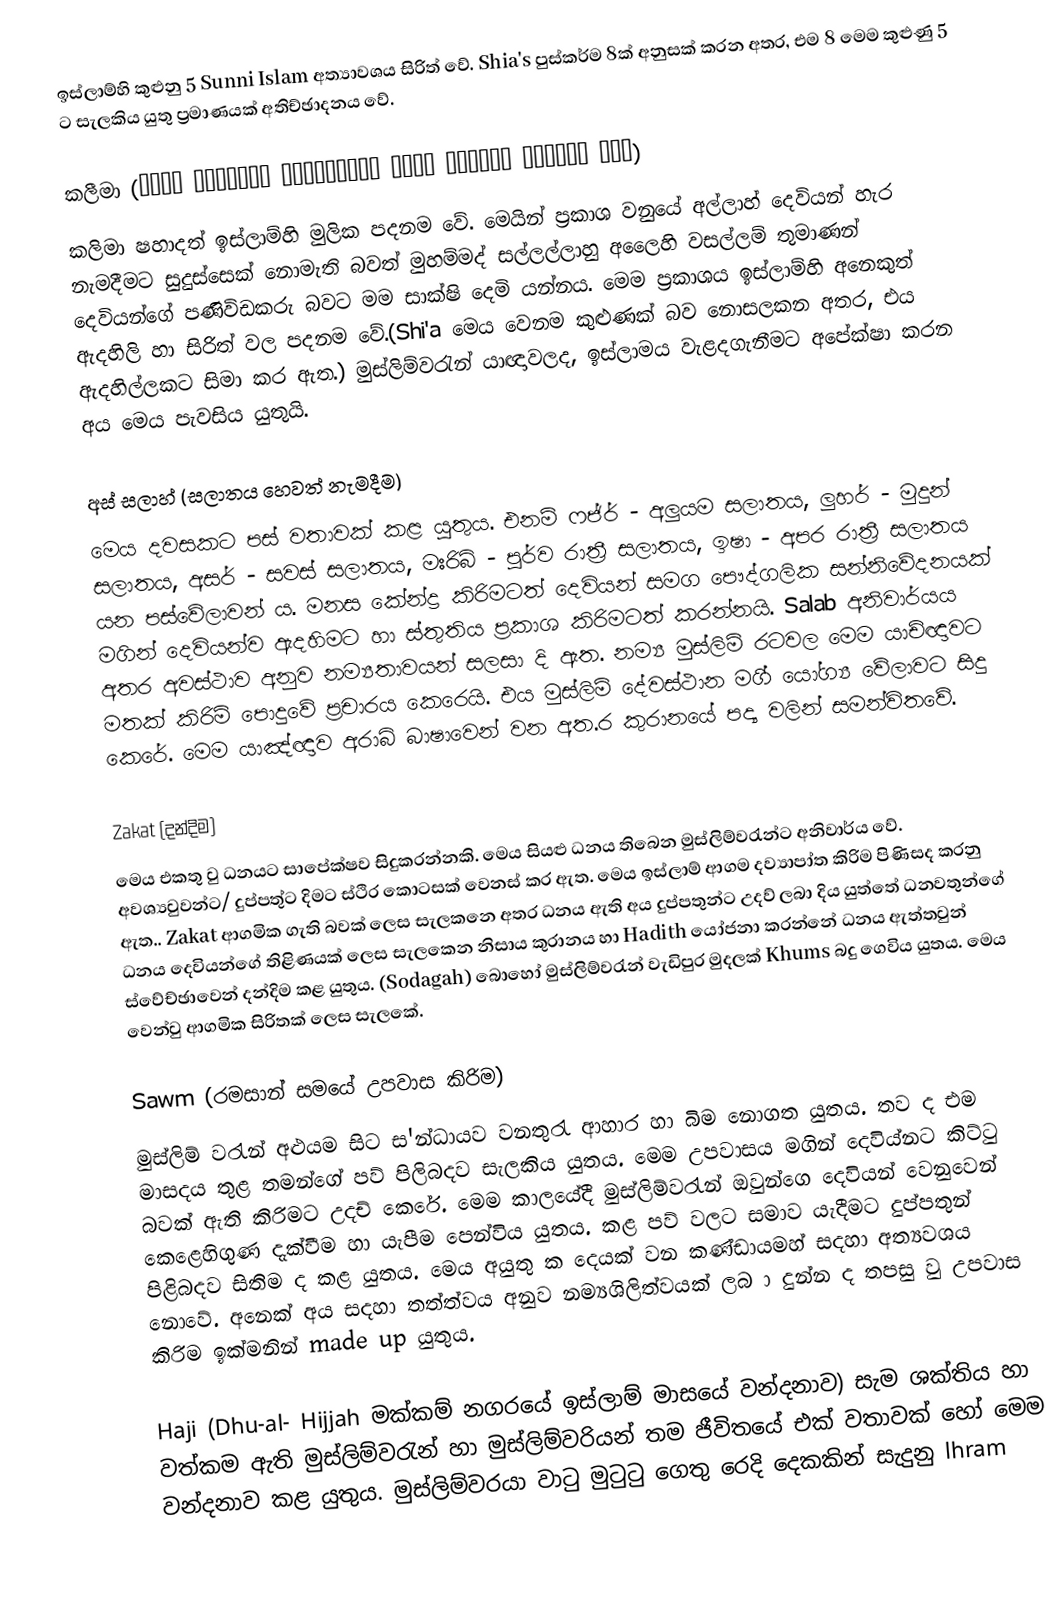
ඉස්ලාම්හි කුළුනු 5 Sunni Islam අත්‍යාවශය සිරිත් වේ. Shia's පුස්කර්ම 8ක් අනුසක් කරන අතර, එම 8 මෙම කුළුණු 5 ට සැලකිය යුතු ප්‍රමාණයක් අතිච්ඡාදනය වේ.

කලීමා (لَا إِلٰهَ إِلَّا الله مُحَمَّدٌ رَسُولُ الله)
කලිමා ෂහාදත් ඉස්ලාම්හි මුලික පදනම වේ. මෙයින් ප්‍රකාශ වනුයේ අල්ලාහ් දෙවියන් හැර නැමදීමට සුදුස්සෙක් නොමැති බවත් මුහම්මද් සල්ලල්ලාහු අලෛහි වසල්ලම් තුමාණන් දෙවියන්ගේ පණිවිඩකරු බවට මම සාක්ෂි දෙමි යන්නය. මෙම ප්‍රකාශය ඉස්ලාම්හි අනෙකුත් ඇදහිලි හා සිරිත් වල පදනම වේ.(Shi'a මෙය වෙනම කුළුණක් බව නොසලකන අතර, එය ඇදහිල්ලකට සිමා කර ඇත.) මුස්ලිම්වරැන් යාඥාවලද, ඉස්ලාමය වැළදගැනීමට අපේක්ෂා කරන අය මෙය පැවසිය යුතුයි.

අස් සලාහ් (සලාතය හෙවත් නැමදීම)
මෙය දවසකට පස් වතාවක් කළ යුතුය. එනම්  ෆජ්ර් - අලුයම සලාතය, ලුහර් - මුදුන් සලාතය, අසර් - සවස් සලාතය, මඃරිබ් - පූර්ව රාත්‍රී සලාතය, ඉෂා - අපර රාත්‍රී සලාතය යන පස්වේලාවන් ය. මනස කේන්ද්‍ර කිරිමටත් දෙවියන් සමග පෞද්ගලික සන්නිවේදනයක් මගින් දෙවියන්ව ඇදහිමට හා ස්තුතිය ප්‍රකාශ කිරිමටත් කරන්නයි. Salab අනිවාර්යය අතර අවස්ථාව අනුව නම්‍යතාවයන් සලසා දි ඇත. නම්‍ය මුස්ලිම් රටවල මෙම යාච්ඥාවට මතක් කිරි‍ම් පොදුවේ ප්‍රචාරය කෙරෙයි. එය මුස්ලිම් දේවස්ථාන මගි් යෝග්‍ය වේලාවට සිදු කෙරේ. මෙම යාඤ්ඥාව අරාබි බාෂාවෙන් වන අත.ර කුරානයේ පද්‍ය වලින් සමන්විතවේ.

Zakat (දන්දිම)
මෙය එකතු වු ධනයට සාපේක්ෂව සිදුකරන්නකි. මෙය සියළු ධනය තිබෙන මුස්ලිම්වරැන්ට අනිවාර්ය වේ. අවශ්‍යවුවන්ට/ දුප්පතු්ට දිමට ස්ථිර කොටසක් වෙනස් කර ඇත. මෙය ඉස්ලාම් ආගම දව්‍යාපා්ත කිරිම පිණිසද කරනු ඇත.. Zakat ආගමික ගැති බවක් ලෙස සැලකනෙ අතර ධනය ඇති අය දුප්පතුන්ට උදව් ලබා දිය යුත්තේ ධනවතුන්ගේ ධනය දෙවියන්ගේ තිළිණයක් ලෙස සැලකෙන නිසාය කුරානය හා Hadith යෝජනා කරන්නේ ධනය ඇත්තවුන් ස්වේච්ඡාවෙන් දන්දිම කළ යුතුය. (Sodagah) බොහෝ මුස්ලිම්වරැන් වැඩිපුර මුදලක් Khums බදු ගෙවිය යුතය. මෙය වෙන්වු ආගමික සිරිතක් ලෙස සැල‍කේ.

Sawm (රමසාන් සමයේ උපවාස කිරිම)
මුස්ලිම් වරැන් අළුයම සිට ස'න්ධායව වනතුරැ ආහාර හා බිම නොගත යුතය. තව ද එම මාසදය තුළ තමන්ගේ පව් පිලිබදව සැලකිය යුතය. මෙම උපවාසය මගින් දෙවිය්නට කිට්ටු බවක් ඇති කිරිමට උදච් කෙරේ. මෙම කාලයේදී මුස්ලිම්වරැන් ඔවුන්ගෙ දෙවියන් වෙනුවෙන් කෙළෙහිගුණ දැක්වීම හා යැපීම පෙන්විය යුතය. කළ පව් වලට සමාව යැදීමට දුප්පතුන් පිළිබදව සිතිම ද කළ යුතය. මෙය අයුතු ක දෙයක් වන කණ්ඩායමහ් සදහා අත්‍යවශය නොවේ. අනෙක් අය සදහා තත්ත්වය අනුව නම්‍යශිලිත්වයක් ලබ ා දුන්න ද තපසු වු උපවාස කිරිම ඉක්මනින් made up යුතුය.

Haji (Dhu-al- Hijjah මක්කම් නග‍රයේ ඉස්ලාම් මාසයේ වන්දනාව) සැම ශක්තිය හා වත්කම ඇති මුස්ලිම්වරැන් හා මුස්ලිම්වරියන් තම ජීවිතයේ එක් වතාවක් හෝ මෙම වන්දනාව කළ යුතුය. මුස්ලිම්වරයා වාටු මුටුටු ගෙතු රෙදි දෙකකින් සැදුනු lhram